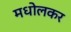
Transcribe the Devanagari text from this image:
मधोलकर